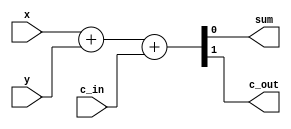
module full_adder_dataflow(
    input   wire x, y, c_in, 
    output  wire sum, c_out
);

// specify the function of a full adder 
assign {c_out, sum} = x + y + c_in;

endmodule